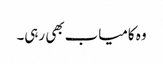
وہ کامیاب بھی رہی۔